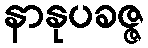
နာနုပခဇ္ဇ